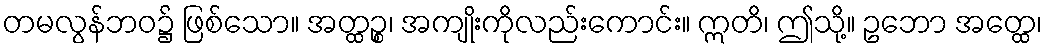
တမလွန်ဘဝ၌ ဖြစ်သော။ အတ္ထဉ္စ၊ အကျိုးကိုလည်းကောင်း။ ဣတိ၊ ဤသို့။ ဥဘော အတ္ထေ၊